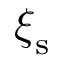
\boldsymbol { \xi } _ { \mathrm { s } }